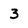
Character: 3